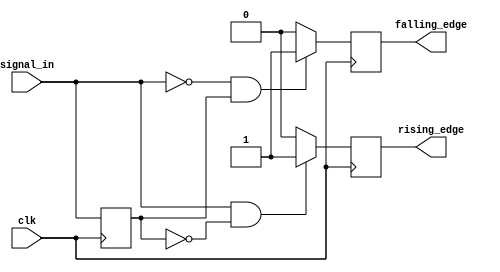
module dual_edge_detector (
    input wire clk,            // Clock signal
    input wire signal_in,      // Input signal
    output reg rising_edge,    // Rising edge output
    output reg falling_edge     // Falling edge output
);

    reg signal_in_prev;        // Previous state of the input signal

    // Always block triggered on the rising edge of the clock
    always @(posedge clk) begin
        // Detect rising edge
        if (signal_in && !signal_in_prev) begin
            rising_edge <= 1'b1;   // Set rising edge signal high
        end else begin
            rising_edge <= 1'b0;   // Reset rising edge signal
        end

        // Detect falling edge
        if (!signal_in && signal_in_prev) begin
            falling_edge <= 1'b1;   // Set falling edge signal high
        end else begin
            falling_edge <= 1'b0;   // Reset falling edge signal
        end

        // Update previous state
        signal_in_prev <= signal_in; // Store current state for next clock cycle
    end

endmodule